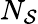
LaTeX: N_{\mathcal{S}}